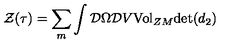
{ \cal { Z } } ( \tau { } ) = \sum _ { m } \int { \cal { D } } \Omega { \cal { D } } V { \mathrm { V o l } } _ { Z M } { \mathrm { d e t } } ( d _ { 2 } )